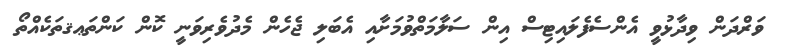
ވަރްދަން ވިދާޅުވީ އެންސެފެލައިޓިސް އިން ސަލާމަތްވުމަށާއި އެބަލި ޖެހެން މެދުވެރިވަނީ ކޮން ކަންތަޢޤތަކެއްތޯ